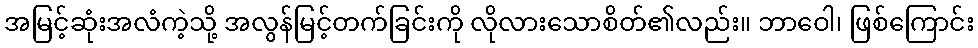
အမြင့်ဆုံးအလံကဲ့သို့ အလွန်မြင့်တက်ခြင်းကို လိုလားသောစိတ်၏လည်း။ ဘာဝေါ၊ ဖြစ်ကြောင်း